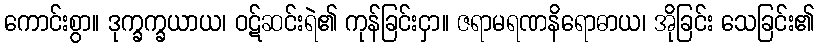
ကောင်းစွာ။ ဒုက္ခက္ခယာယ၊ ဝဋ်ဆင်းရဲ၏ ကုန်ခြင်းငှာ။ ဇရာမရဏနိရောဓာယ၊ အိုခြင်း သေခြင်း၏